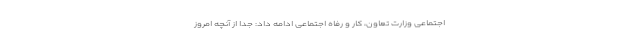
اجتماعی وزارت تعاون، کار و رفاه اجتماعی ادامه داد: جدا از آنچه امروز